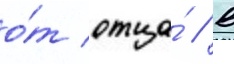
о́т отца́ // В